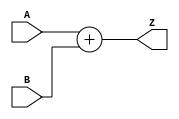
module add_6_100(A, B, Z);
    input [5 : 0] A;
    input [5 : 0] B;
    output [5 : 0] Z;

    assign Z = A + B;
endmodule